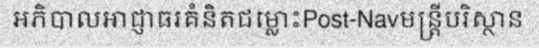
អភិបាលអាជ្ញាធរគំនិតជម្លោះPost-Navមន្ត្រីបរិស្ថាន